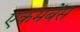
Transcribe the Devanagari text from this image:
एकमबेंस